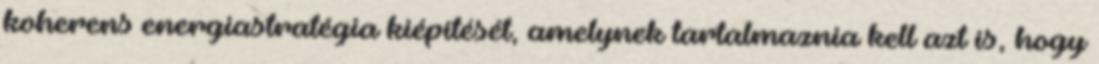
koherens energiastratégia kiépítését, amelynek tartalmaznia kell azt is, hogy